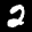
Label: 2